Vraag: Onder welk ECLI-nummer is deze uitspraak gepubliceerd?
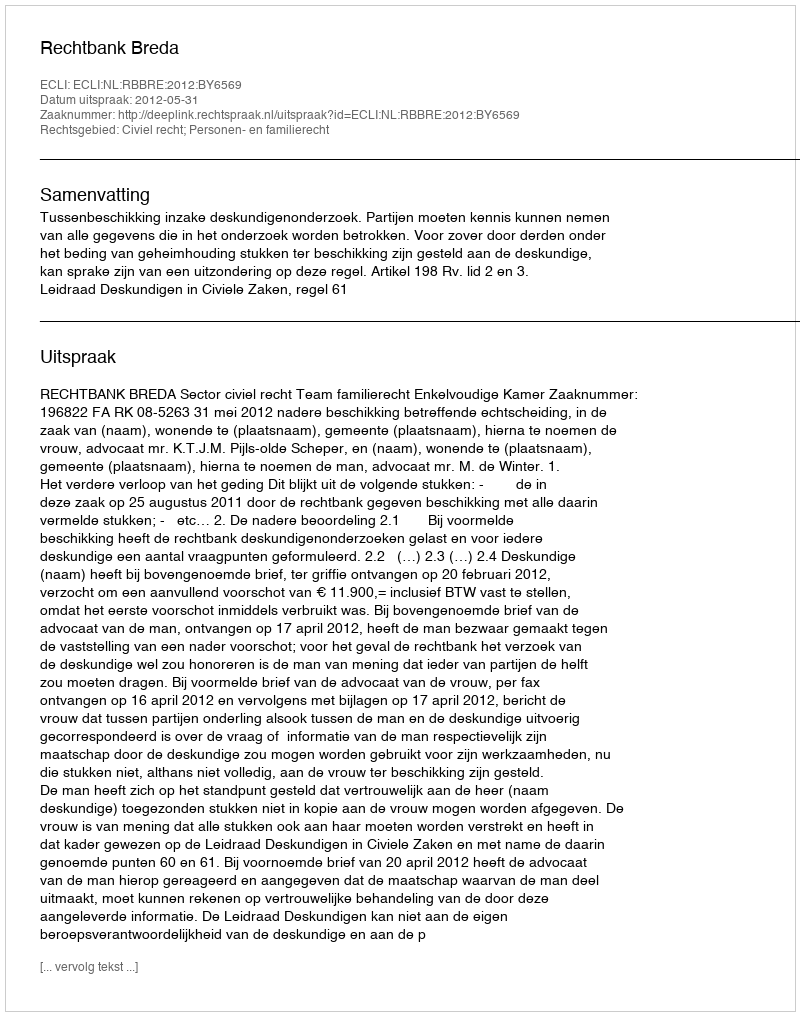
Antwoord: ECLI:NL:RBBRE:2012:BY6569